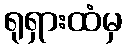
ရုရှားထံမှ